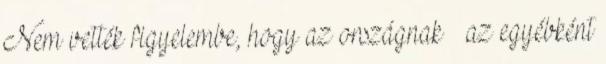
Nem vették figyelembe, hogy az országnak – az egyébként